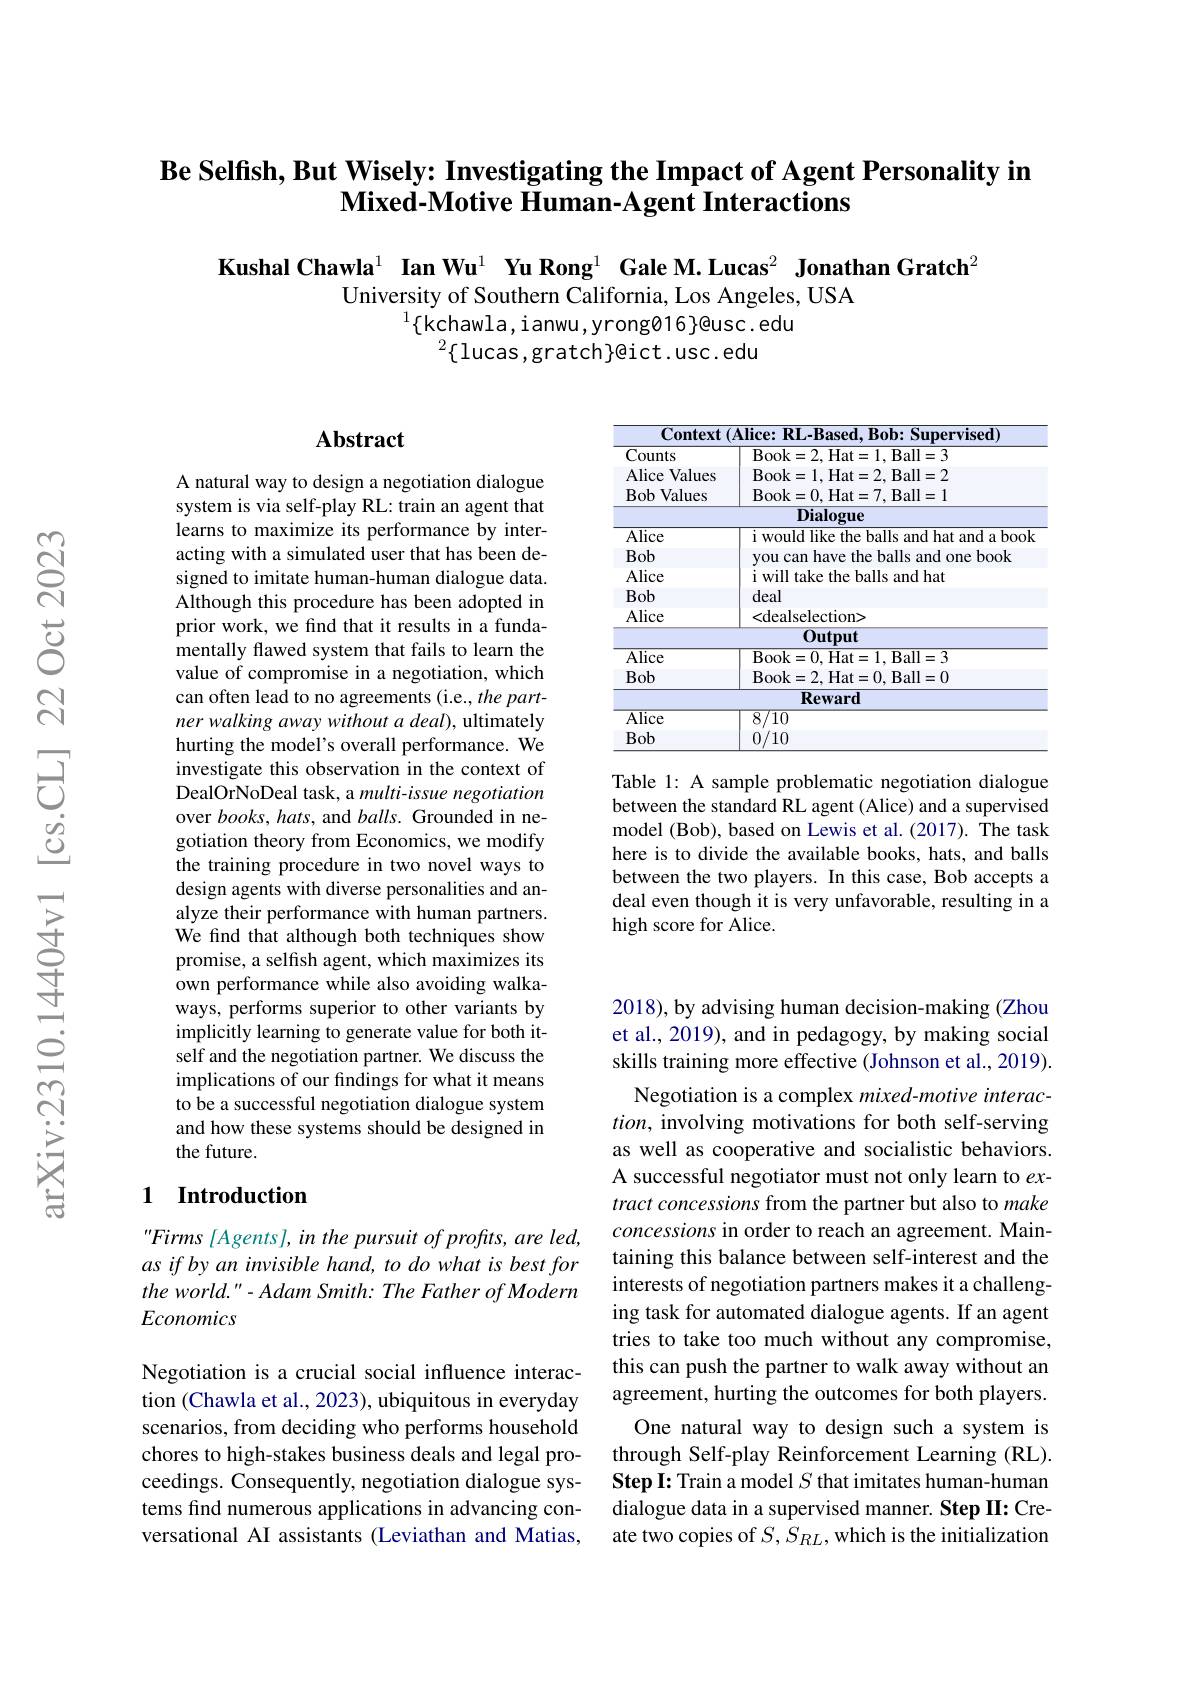
# $\textbf{Be Selfish, But Wisely: Investigating the Impact of Agent Personality in}$ $\textbf{Mixed- Motive Human- Agent Interactions}$

Kushal Chawla$^{1}$ Ian Wu$^{1}$ Yu Rong$^{1}$ Gale M.Lucas$^{2}\textbf{JonathanGratch}^{2}$
University of Southern California, Los Angeles, USA
$^{1}\{$kchawla,ianwu,yrong016}@usc.edu
$^2\{$lucas,gratch$\}$@ict.usc.edu

<table>
	<tbody>
		<tr>
			<th>Context</th>
			<th>Alice: RL-Based, Bob: Supervised)</th>
		</tr>
		<tr>
			<th>Counts Alice Values Bob Values</th>
			<th>Book= 2, Hat= 1, Ball= 3 Book= 1, Hat= 2, Ball= 2 Book= 0, Hat= 7, Ball= 1</th>
		</tr>
		<tr>
			<td> </td>
			<td>Dialogue</td>
		</tr>
		<tr>
			<td>Alice</td>
			<td>i would like the balls and hat and a book</td>
		</tr>
		<tr>
			<td>Bob</td>
			<td>you can have the balls and one book</td>
		</tr>
		<tr>
			<td>Alice</td>
			<td>i will take the balls and hat</td>
		</tr>
		<tr>
			<td>Bob</td>
			<td>deal</td>
		</tr>
		<tr>
			<td>Alice</td>
			<td><dealselection></td>
		</tr>
		<tr>
			<td> </td>
			<td>Output</td>
		</tr>
		<tr>
			<td>$\overline{\mathrm{Alice}}$</td>
			<td>Book= 0. Hat= 1. Ball= 3</td>
		</tr>
		<tr>
			<td>Bob</td>
			<td>Book= 2. Hat= 0. Ball= 0</td>
		</tr>
		<tr>
			<td> </td>
			<td>Reward</td>
		</tr>
		<tr>
			<td>$\overline{\mathrm{Alice}}$</td>
			<td>$\overline{8/10}$</td>
		</tr>
		<tr>
			<td>Bob</td>
			<td>0/10</td>
		</tr>
	</tbody>
</table>

Table 1: A sample problematic negotiation dialogue between the standard RL agent (Alice) and a supervised model (Bob), based on Lewis et al.(2017). The task here is to divide the available books, hats, and balls between the two players. In this case, Bob accepts a deal even though it is very unfavorable, resulting in a high score for Alice.

## $\mathbf{Abstract}$

A natural way to design a negotiation dialogue system is via self-play RL: train an agent that learns to maximize its performance by interacting with a simulated user that has been designed to imitate human-human dialogue data. Although this procedure has been adopted in prior work, we find that it results in a fundamentally flawed system that fails to learn the value of compromise in a negotiation, which can often lead to no agreements (i.e., the partner walking away without a deal), ultimately hurting the model's overall performance. We investigate this observation in the context of DealOrNoDeal task, a multi-issue negotiation over books, hats, and balls. Grounded in negotiation theory from Economics, we modify the training procedure in two novel ways to design agents with diverse personalities and analyze their performance with human partners. We find that although both techniques show promise, a selfish agent, which maximizes its own performance while also avoiding walkaways, performs superior to other variants by implicitly learning to generate value for both itself and the negotiation partner. We discuss the implications of our findings for what it means to be a successful negotiation dialogue system and how these systems should be designed in the future.

## 1 Introduction

“ Firms [ Agents] , in the pursuit of profits, are led, as if by an invisible hand, to do what is best for $theworld."-AdamSmith:TheFatherofModern$ Economics

Negotiation is a crucial social influence interaction (Chawla et al., 2023), ubiquitous in everyday scenarios, from deciding who performs household chores to high-stakes business deals and legal proceedings. Consequently, negotiation dialogue systems find numerous applications in advancing conversational AI assistants (Leviathan and Matias,

2018), by advising human decision-making (Zhou et al., 2019), and in pedagogy, by making social skills training more effective (Johnson et al., 2019).

Negotiation is a complex mixed-motive interaction, involving motivations for both self-serving as well as cooperative and socialistic behaviors. A successful negotiator must not only learn to $ex-$ tract concessions from the partner but also to make concessions in order to reach an agreement. Maintaining this balance between self-interest and the interests of negotiation partners makes it a challenging task for automated dialogue agents. If an agent tries to take too much without any compromise, this can push the partner to walk away without an agreement, hurting the outcomes for both players. One natural way to design such a system is through Self-play Reinforcement Learning (RL). Step I: Train a model $S$ that imitates human-human dialogue data in a supervised manner. Step II: Create two copies of $S,S_{RL}$, which is the initialization